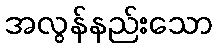
အလွန်နည်းသော